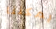
يمكننا